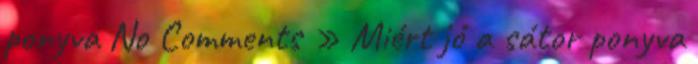
ponyva No Comments » Miért jó a sátor ponyva